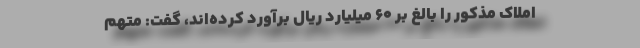
املاک مذکور را بالغ بر ۶۰ میلیارد ریال برآورد کرده‌اند، گفت: متهم